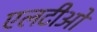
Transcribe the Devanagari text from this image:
एलटीओ